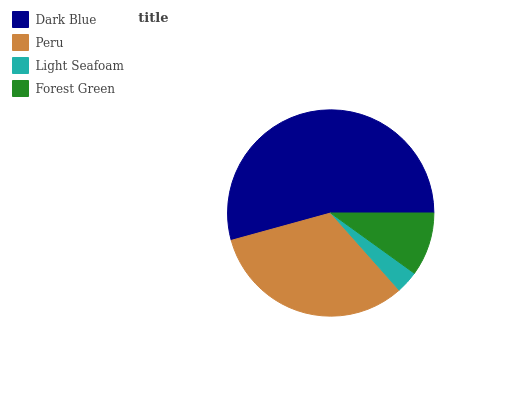
| Dark Blue | Peru | Light Seafoam | Forest Green |
 | --- | --- | --- | --- |
 | 54.3% | 32.3% | 3.52% | 9.93% |